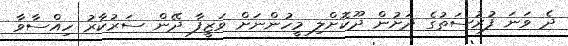
ދެ ވަނަ ފުރުސަތުގެ ދަށުން ދޫކޮށްލި މީހުންނަށް ވަޒީފާ ދޭން ސަރުކާރު ހިއްސާވާ